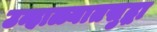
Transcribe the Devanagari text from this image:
उन्हाळ्यातसुद्धा